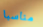
مناسبا